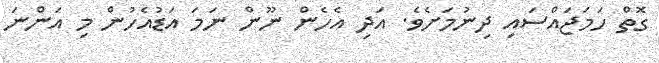
ގޮތް ހަމަޖައްސައި ދިނުމަށެވެ. އަދި އެހެން ނޫން ނަމަ އަޑުއެހުން މި އަންނަ